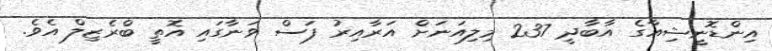
އިންޑޮނީޝިއާގެ އާބާދީ 237 މިލިއަނަށް އަރާއިރު ފަސް ވަނާގައި އޮތީ ބްރެޒިލް އެވެ.